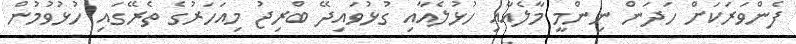
ފެންވަރަކަށް ހަދަން ނިންމީ މާލެއާއި ހުޅުލެއާއި ގުޅުވައިދޭ ބްރިޖު މިއަހަރުގެ ތެރޭގައި ހުޅުވުމުން